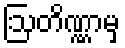
ဩတိဏ္ဏာမှ